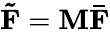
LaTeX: {\mathbf{\tilde{F}}}={\mathbf{M\bar{F}}}